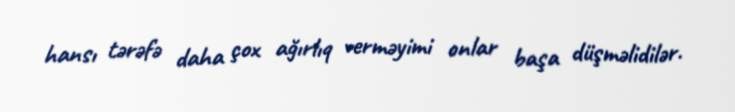
hansı tərəfə daha çox ağırlıq verməyimi onlar başa düşməlidilər.